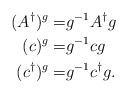
LaTeX: \begin{align*}(A^\dag)^g = & g^{-1}A^\dag g\\(c)^g = & g^{-1}c g\\(c^\dag)^g = & g^{-1}c^\dag g.\end{align*}